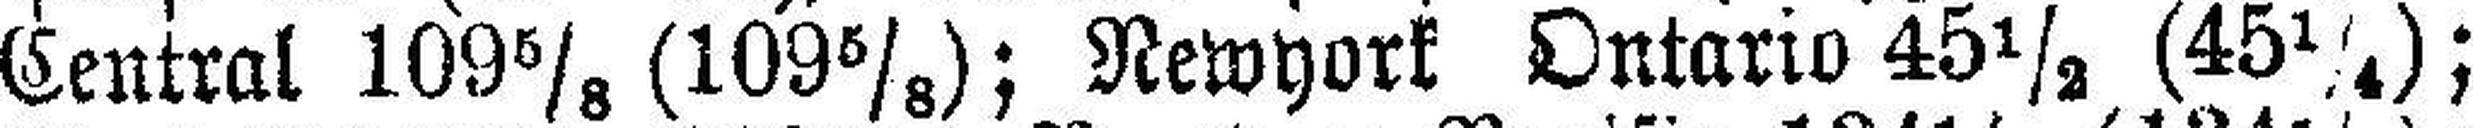
Central 109⅝ (109⅝); Newyork Ontario 45½ (45¼);